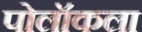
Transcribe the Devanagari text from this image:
पोलॉकला